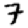
Digit: 7